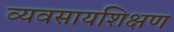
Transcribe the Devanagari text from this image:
व्यवसायशिक्षण